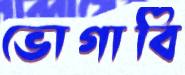
ভোগাবি